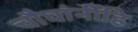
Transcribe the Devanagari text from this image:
चौघांनींहि